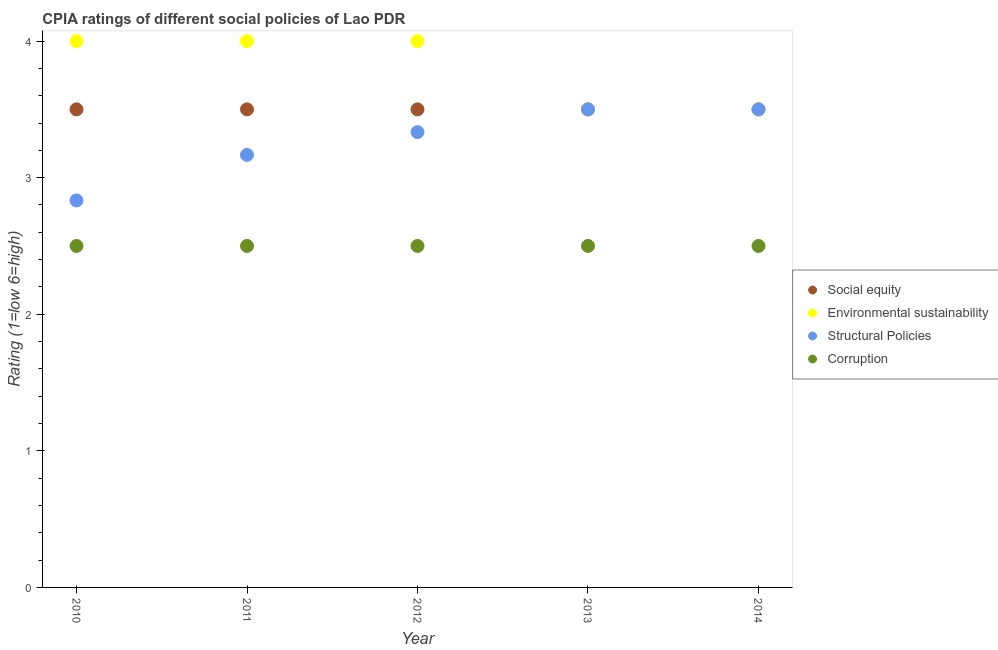
| Year | Social equity | Environmental sustainability | Structural Policies | Corruption |
 | --- | --- | --- | --- | --- |
 | 2010 | 3.5 | 4 | 2.83 | 2.5 |
 | 2011 | 3.5 | 4 | 3.17 | 2.5 |
 | 2012 | 3.5 | 4 | 3.33 | 2.5 |
 | 2013 | 3.5 | 3.5 | 3.5 | 2.5 |
 | 2014 | 3.5 | 3.5 | 3.5 | 2.5 |